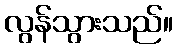
လွန်သွားသည်။